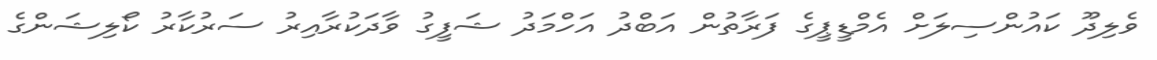
ވެލިދޫ ކައުންސިލަށް އެމްޑީޕީގެ ފަރާތުން އަބްދު އަހްމަދު ޝަފީގު ވާދަކުރާއިރު ސަރުކާރު ކޯލިޝަންގެ